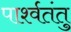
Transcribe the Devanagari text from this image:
पार्श्वतंतु